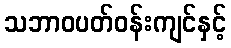
သဘာဝပတ်ဝန်းကျင်နှင့်